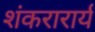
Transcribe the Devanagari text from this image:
शंकरारार्य